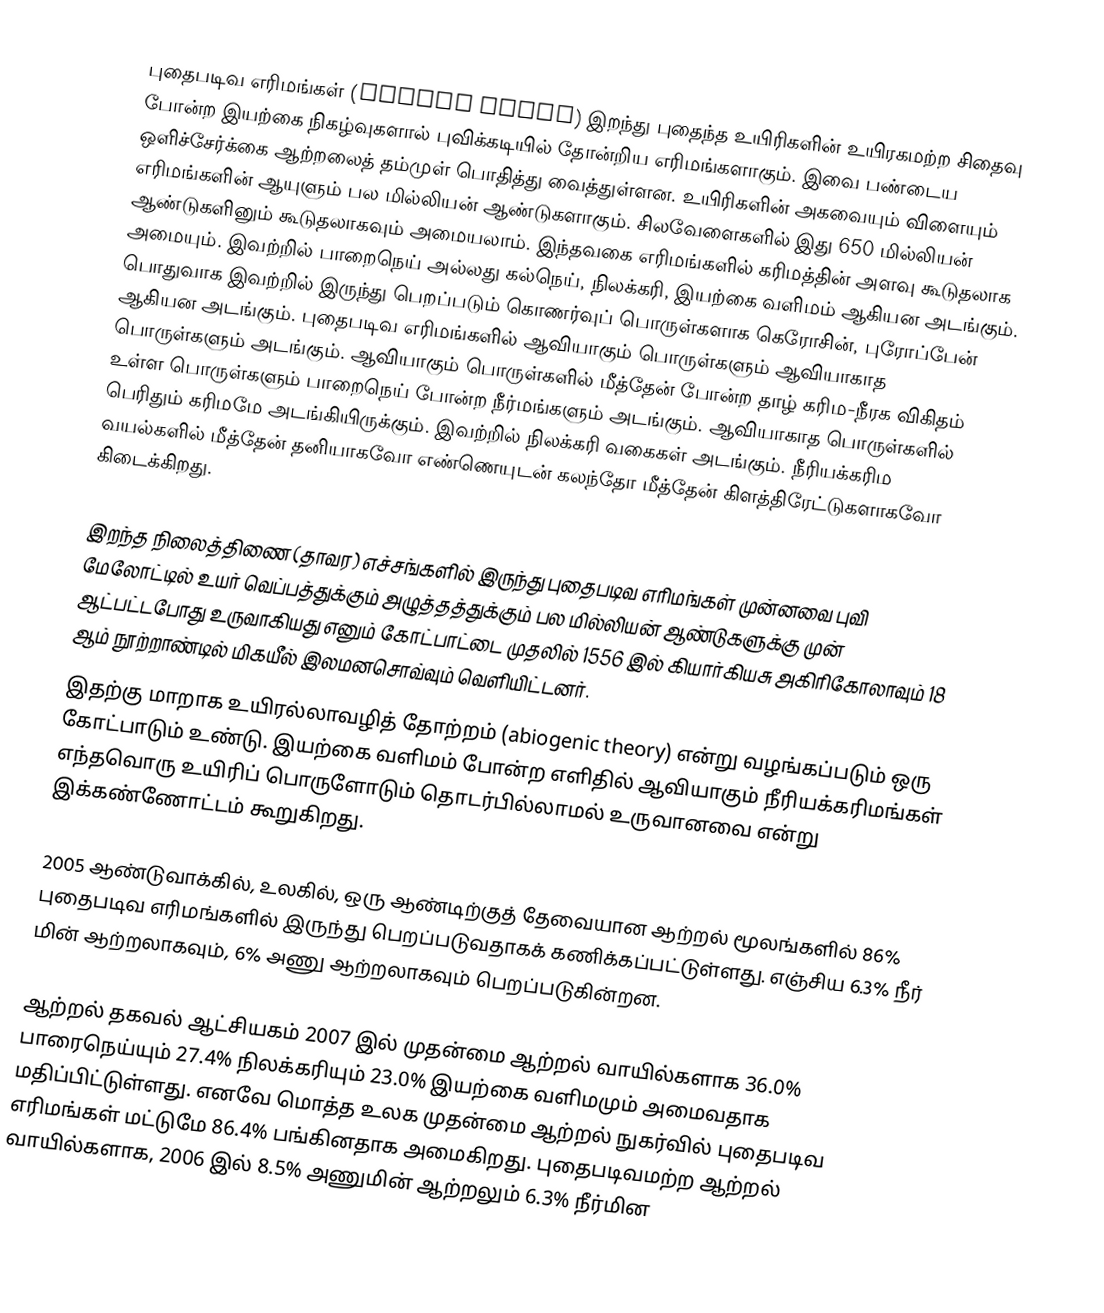
புதைபடிவ எரிமங்கள் (Fossil fuels) இறந்து புதைந்த உயிரிகளின் உயிரகமற்ற சிதைவு போன்ற இயற்கை நிகழ்வுகளால் புவிக்கடியில் தோன்றிய எரிமங்களாகும். இவை பண்டைய ஒளிச்சேர்க்கை ஆற்றலைத் தம்முள் பொதித்து வைத்துள்ளன. உயிரிகளின் அகவையும் விளையும் எரிமங்களின் ஆயுளும் பல மில்லியன் ஆண்டுகளாகும். சிலவேளைகளில் இது 650 மில்லியன் ஆண்டுகளினும் கூடுதலாகவும் அமையலாம். இந்தவகை எரிமங்களில் கரிமத்தின் அளவு கூடுதலாக அமையும். இவற்றில் பாறைநெய் அல்லது கல்நெய், நிலக்கரி, இயற்கை வளிமம் ஆகியன அடங்கும். பொதுவாக இவற்றில் இருந்து பெறப்படும் கொணர்வுப் பொருள்களாக கெரோசின், புரோப்பேன் ஆகியன அடங்கும். புதைபடிவ எரிமங்களில் ஆவியாகும் பொருள்களும் ஆவியாகாத பொருள்களும் அடங்கும். ஆவியாகும் பொருள்களில் மீத்தேன் போன்ற தாழ் கரிம-நீரக விகிதம் உள்ள பொருள்களும் பாறைநெய் போன்ற நீர்மங்களும் அடங்கும். ஆவியாகாத பொருள்களில் பெரிதும் கரிமமே அடங்கியிருக்கும். இவற்றில் நிலக்கரி வகைகள் அடங்கும். நீரியக்கரிம வயல்களில் மீத்தேன் தனியாகவோ எண்ணெயுடன் கலந்தோ மீத்தேன் கிளத்திரேட்டுகளாகவோ கிடைக்கிறது.

இறந்த நிலைத்திணை (தாவர) எச்சங்களில் இருந்து புதைபடிவ எரிமங்கள் முன்னவை புவி மேலோட்டில் உயர் வெப்பத்துக்கும் அழுத்தத்துக்கும் பல மில்லியன் ஆண்டுகளுக்கு முன் ஆட்பட்டபோது உருவாகியது எனும் கோட்பாட்டை முதலில் 1556 இல் கியார்கியசு அகிரிகோலாவும் 18 ஆம் நூற்றாண்டில் மிகயீல் இலமனசொவ்வும் வெளியிட்டனர்.
இதற்கு மாறாக உயிரல்லாவழித் தோற்றம் (abiogenic theory) என்று வழங்கப்படும் ஒரு கோட்பாடும் உண்டு. இயற்கை வளிமம் போன்ற எளிதில் ஆவியாகும் நீரியக்கரிமங்கள் எந்தவொரு உயிரிப் பொருளோடும் தொடர்பில்லாமல் உருவானவை என்று இக்கண்ணோட்டம் கூறுகிறது.

2005 ஆண்டுவாக்கில், உலகில், ஒரு ஆண்டிற்குத் தேவையான ஆற்றல் மூலங்களில் 86% புதைபடிவ எரிமங்களில் இருந்து பெறப்படுவதாகக் கணிக்கப்பட்டுள்ளது. எஞ்சிய 6.3% நீர் மின் ஆற்றலாகவும்,  6% அணு ஆற்றலாகவும் பெறப்படுகின்றன.

ஆற்றல் தகவல் ஆட்சியகம் 2007 இல் முதன்மை ஆற்றல் வாயில்களாக 36.0% பாரைநெய்யும் 27.4% நிலக்கரியும் 23.0% இயற்கை வளிமமும் அமைவதாக மதிப்பிட்டுள்ளது. எனவே மொத்த உலக முதன்மை ஆற்றல் நுகர்வில்  புதைபடிவ எரிமங்கள் மட்டுமே 86.4%  பங்கினதாக அமைகிறது. புதைபடிவமற்ற ஆற்றல் வாயில்களாக, 2006 இல் 8.5% அணுமின் ஆற்றலும் 6.3% நீர்மின